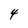
Character: 4